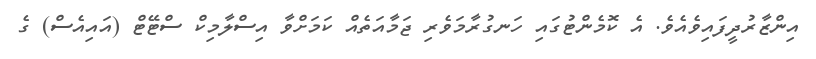
އިންޒާރުދީފައިވެއެވެ. އެ ކޮމެންޓުގައި ހަނގުރާމަވެރި ޖަމާއަތެއް ކަމަށްވާ އިސްލާމިކް ސްޓޭޓް (އައިއެސް) ގެ